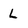
Character: l